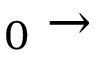
_ 0 \rightarrow